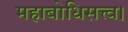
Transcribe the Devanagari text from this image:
महाबोधिसत्त्व।